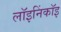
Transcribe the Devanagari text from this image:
लॉइनिंकॉइ